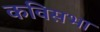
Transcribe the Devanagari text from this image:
कविसभा